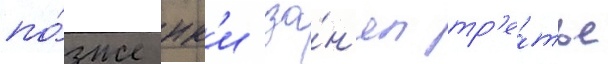
по́зже юк'и за́н'ял тр'е́тье